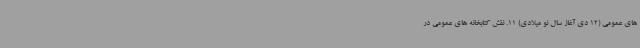
های عمومی (12 دی آغاز سال نو میلادی) 11. نقش کتابخانه های عمومی در